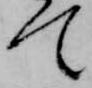
て